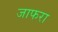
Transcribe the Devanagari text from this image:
जाफरा